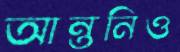
আন্তনিও